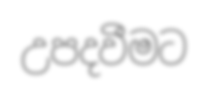
උපදවීමට